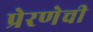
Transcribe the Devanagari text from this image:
प्रेरणेची